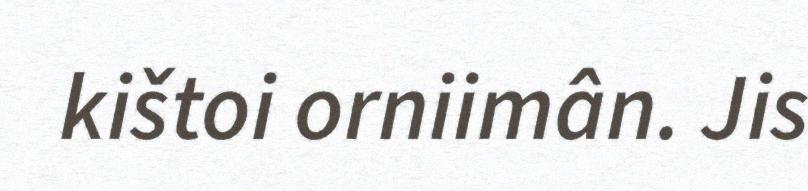
kištoi orniimân. Jis